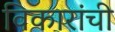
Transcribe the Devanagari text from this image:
विकारांची